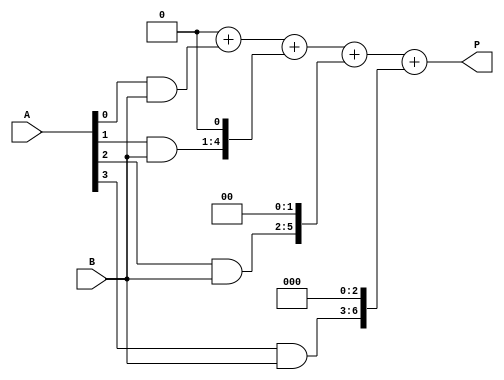
module vedic_multiplier #(parameter N = 4) (
    input [N-1:0] A,     // First multiplicand
    input [N-1:0] B,     // Second multiplicand
    output reg [2*N-1:0] P // Product output
);
    reg [2*N-1:0] partial_products [0:N-1]; // Array to hold partial products
    integer i, j;

    // Generate partial products
    always @(*) begin
        // Initialize partial_products to zero
        for (i = 0; i < N; i = i + 1) begin
            partial_products[i] = {N'b0, A[i] & B}; // AND each bit of A with B
        end

        // Align partial products
        for (i = 0; i < N; i = i + 1) begin
            partial_products[i] = partial_products[i] << i; // Shift left by i positions
        end

        // Initialize product to zero
        P = 0;

        // Add all partial products
        for (i = 0; i < N; i = i + 1) begin
            P = P + partial_products[i]; // Sum all the partial products
        end
    end
endmodule